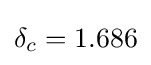
\delta _{c}=1.686